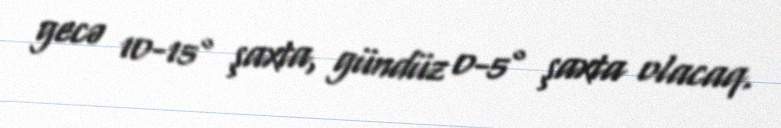
gecə 10-15° şaxta, gündüz 0-5° şaxta olacaq.